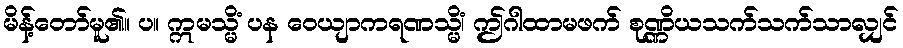
မိန့်တော်မူ၏။ ပ။ ဣမသ္မိံ ပန ဝေယျာကရဏသ္မိံ၊ ဤဂါထာမဖက် စုဏ္ဏိယသက်သက်သာလျှင်